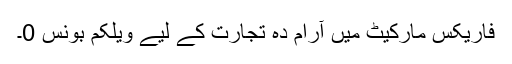
فاریکس مارکیٹ میں آرام دہ تجارت کے لیے ویلکم بونس 0۔